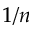
1 / n